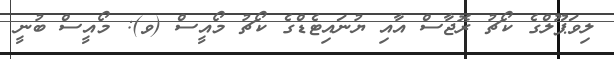
ލިވަޕޫލްގެ ކޯޗު ރޮޖާސް އާއި ޔުނައިޓެޑްގެ ކޯޗު މޯއީސް (ވ): މޯއީސް ބުނީ